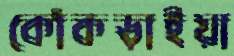
কোঁকড়াইয়া